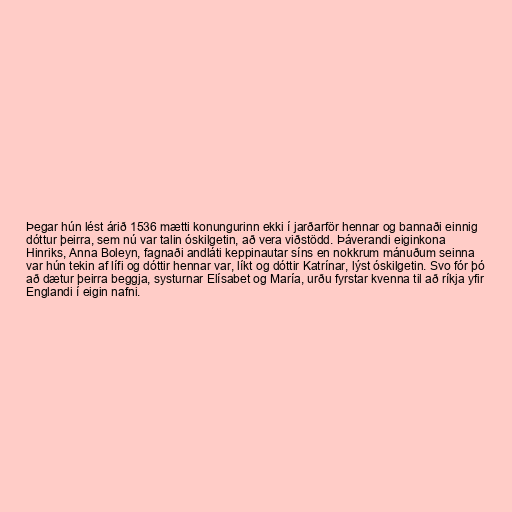
Þegar hún lést árið 1536 mætti konungurinn ekki í jarðarför hennar og bannaði einnig
dóttur þeirra, sem nú var talin óskilgetin, að vera viðstödd. Þáverandi eiginkona
Hinriks, Anna Boleyn, fagnaði andláti keppinautar síns en nokkrum mánuðum seinna
var hún tekin af lífi og dóttir hennar var, líkt og dóttir Katrínar, lýst óskilgetin. Svo fór þó
að dætur þeirra beggja, systurnar Elísabet og María, urðu fyrstar kvenna til að ríkja yfir
Englandi í eigin nafni.